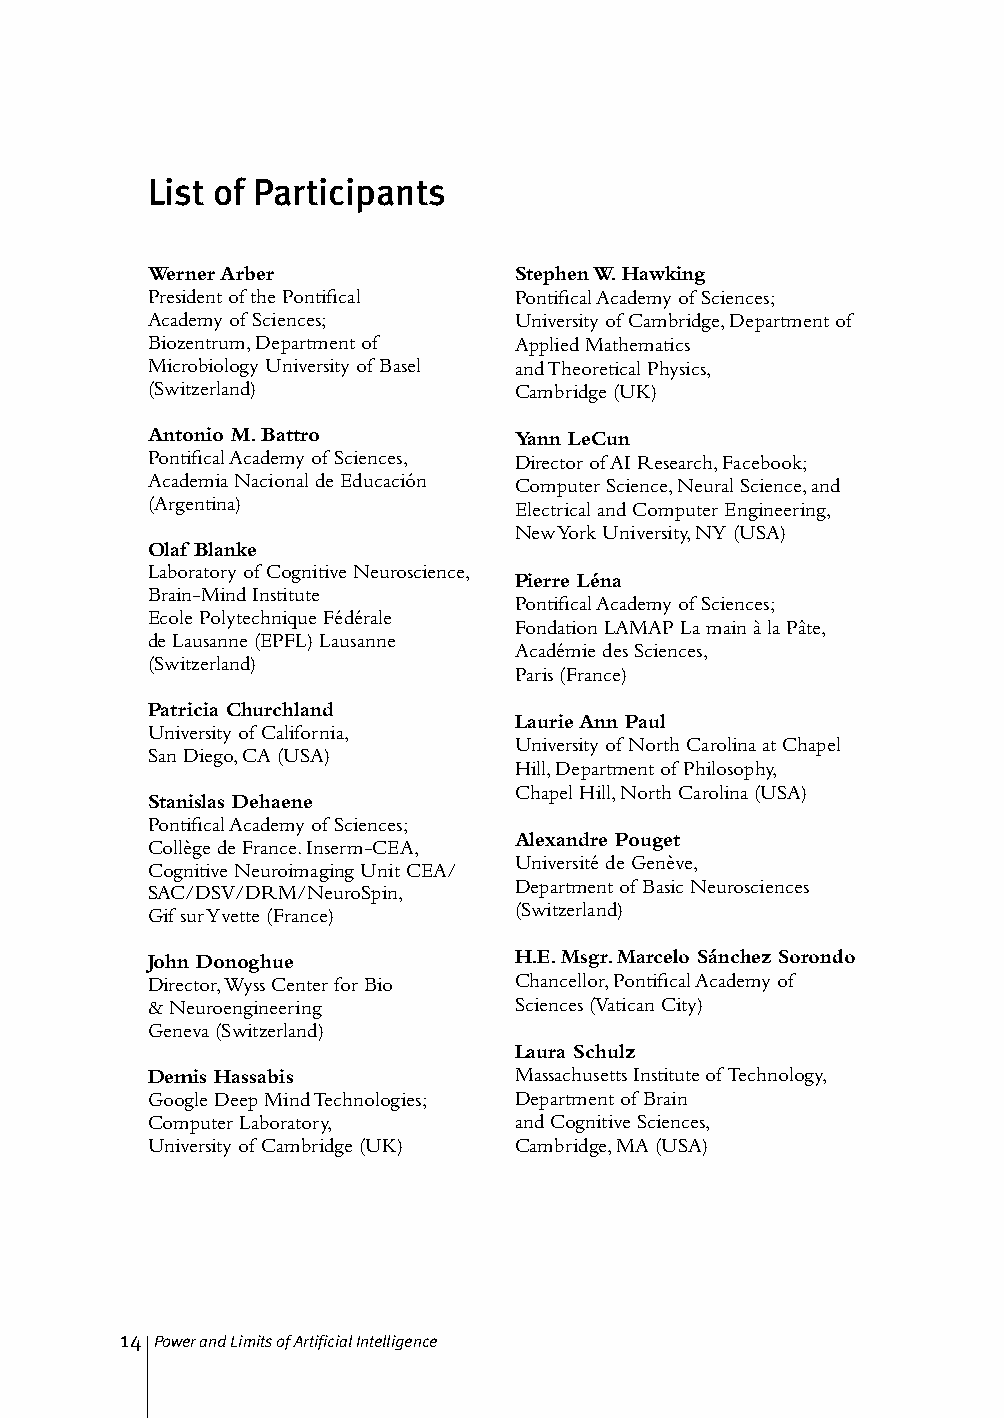
List of Participants
 Werner Arber            Stephen W. Hawking
 President of the Pontifical Pontifical Academy of Sciences;
 Academy of Sciences;    University of Cambridge, Department of
 Biozentrum, Department of Applied Mathematics
 Microbiology University of Basel and Theoretical Physics,
 (Switzerland)           Cambridge (UK)
 Antonio M. Battro       Yann LeCun
 Pontifical Academy of Sciences, Director of AI Research, Facebook;
 Academia Nacional de Educación Computer Science, Neural Science, and
 (Argentina)             Electrical and Computer Engineering,
 New York University, NY (USA)
 Olaf Blanke
 Laboratory of Cognitive Neuroscience,
 Pierre Léna
 Brain-Mind Institute
 Pontifical Academy of Sciences;
 Ecole Polytechnique Fédérale
 Fondation LAMAP La main à la Pâte,
 de Lausanne (EPFL) Lausanne
 Académie des Sciences,
 (Switzerland)
 Paris (France)
 Patricia Churchland
 Laurie Ann Paul
 University of California,
 University of North Carolina at Chapel
 San Diego, CA (USA)
 Hill, Department of Philosophy,
 Chapel Hill, North Carolina (USA)
 Stanislas Dehaene
 Pontifical Academy of Sciences;
 Alexandre Pouget
 Collège de France. Inserm-CEA,
 Université de Genève,
 Cognitive Neuroimaging Unit CEA/
 Department of Basic Neurosciences
 SAC/DSV/DRM/NeuroSpin,
 Gif sur Yvette (France) (Switzerland)
 John Donoghue           H.E. Msgr. Marcelo Sánchez Sorondo
 Director, Wyss Center for Bio Chancellor, Pontifical Academy of
 & Neuroengineering      Sciences (Vatican City)
 Geneva (Switzerland)
 Laura Schulz
 Demis Hassabis          Massachusetts Institute of Technology,
 Google Deep Mind Technologies; Department of Brain
 Computer Laboratory,    and Cognitive Sciences,
 University of Cambridge (UK) Cambridge, MA (USA)
 14 Power and Limits of Artificial Intelligence